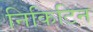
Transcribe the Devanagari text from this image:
निकिटिन